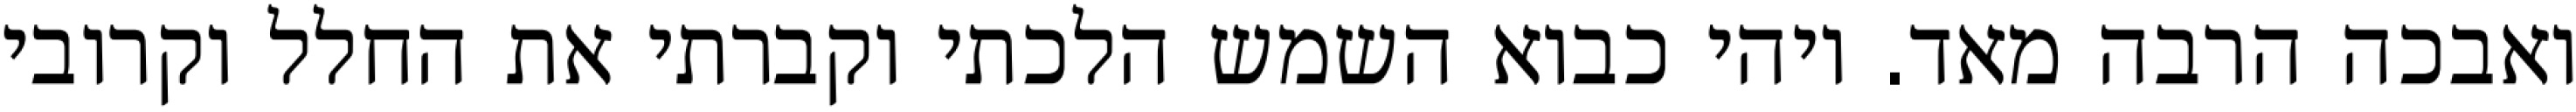
ואבכה הרבה מאד. ויהי כבוא השמש הלכתי וקברתי את החלל וקרובי